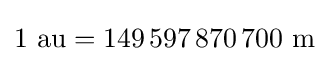
1{\text{ au}}=149\,597\,870\,700{\text{ m}}